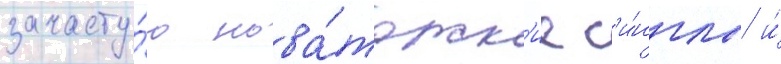
зачасту́ю нова́торск'ие с'и́нглы и́